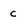
Character: c